Report of the King Institute of Preventive Medicine, Guindy
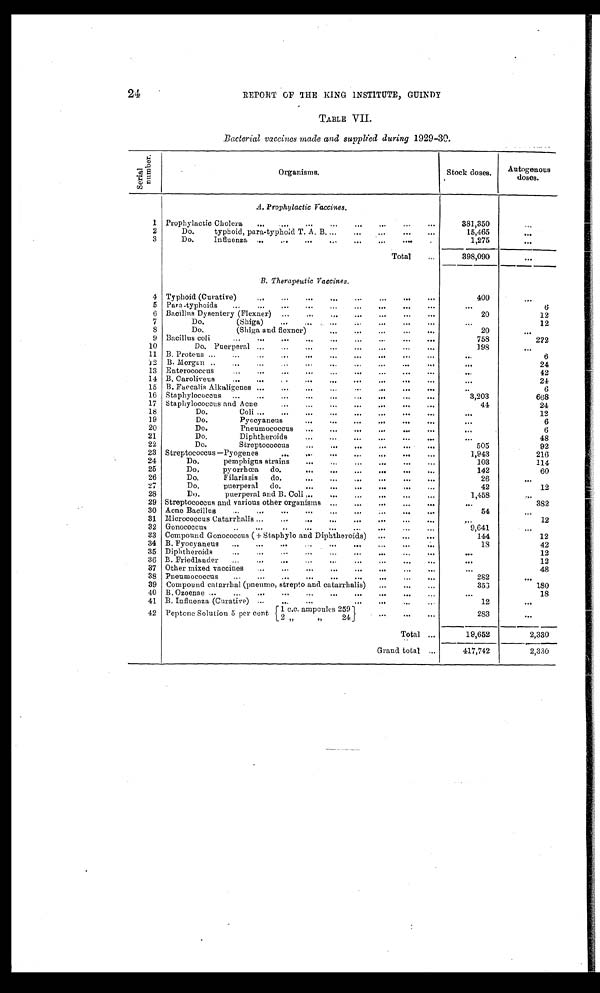
24
REPORT OF THE KING INSTITUTE, GUINDY
TABLE VII.
Bacterial vaccines made and supplied during 1929-30.
S e r i a l
n u m b e r
Organisms.
Stock doses.
Autogenous
doses.
A. Prophylactic Vaccines.
1 Prophylactic Cholera
...
...
... ...
...
... ...
381,350
. . .
2
Do.
typhoid, para-typhoid T. A. B. ...
...
...
...
15,465
. . .
3
Do.
Influenza ...
...
...
...
...
...
1,275
. . .
Total
...
398,090
B. Therapeutic Vaccines.
4 Typhoid (Curative)
...
...
...
...
...
...
400
. . .
5 Para-typhoids
...
...
...
...
...
...
...
...
...
. . .
6
6 Bacillus Dysentery (Flexner)
...
...
...
...
...
20
12
7
Do.
(Shiga)
...
...
...
...
...
...
12
8
Do.
(Shiga and flexner)
...
...
...
...
20
. . .
9 Bacillus coli
...
...
...
...
... ...
...
...
. . .
758
222
10
Do. Puerperal ...
...
...
...
...
...
...
198
. . .
11 B. Proteus ......
...
...
...
...
...
...
...
...
6
12 B. Morgan ...
. . .
. . .
. . .
. . .
. . .
. . .
24
13 Enterococcus
...
...
... ...
...
. . . ...
...
...
. . .
42
14 B. Caroliveus
...
...
...
...
...
. . . ...
. . .
24
15 B. Faccalis Alkaligenes ...
...
...
...
...
...
. . .
6
16 Staphylococcus ...
...
...
...
...
...
...
3,203
668
17 Staphylococcus and Acne
...
...
...
... ...
...
44
24
18
Do.
Coli ...
...
...
...
...
...
...
. . .
12
19
Do.
Pyccyaneus
...
...
....
. . . ...
...
. . .
6
20
Do.
Pneumococcus
...
... ...
...
..,
...
...
6
21
Do.
Diphtheroids
...
...
...
...
...
48
22
Do.
Streptococcus
...
...
I"
...
92
23 Streptococcus —Pyogenes
...
...
...
...
...
1,943
2 1 6
24
Do.
pempbigus strains
... ...
...
...
...
1 0 3
114
25
Do.
pyorrhœa
do.
. . . ...
...
...
...
...
142
60
26
Do.
Filariasis
do.
...
. . . ...
26
. . .
27
Do. p u e r p e r a l
d o .
. . .
... ... ... ...
42
12
28
Do.
puerperal and B. Coli ..
...
...
...
...
...
1,458
. . .
29 Streptococcus and various other organisms ...
...
...
. . .
382
30 Acne Bacillus
...
...
...
...
...
54
. . .
31 Micrococcus Catarrhalis ...
...
...
...
... ...
. . .
12
32 Gonococcus
..
...
...
...
...
...
9,641
. . .
3 3 Compound Gonococcus ( + Staphylo and Diphtheroids) ...
...
. . .
144
12
34 B. Pyocyaneus ...
...
. . . . . ..
..
18
42
35 Diphtheroids
...
... ... ... ...
...
. . .
12
36 B. Friedlander ...
...
...
...
...
...
. . .
12
37 Other mixed vaccines
. . . . . . . . . . . .
...
...
. . .
48
38 Pneumococcus
...
...
... ...
...
...
282
. . .
39 Compound catarrhal (pneumo, strepto and catarrhalis)
...
...
353
180
40 B. Ozoenae ...
...
... . . .
. . .
. . .
... ... ... ...
. . .
18
41 B. Influenza (Curative) ...
...
... ...
12
...
42 Peptone Solution 5 per cent-. {1c.c. ampoules 259}
{ 2 , , , ,
2 4 }
. . .
. . .
. . .
283
. . .
Total ...
19,652
2,330
Grand total ...
417,742
2,330